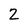
Character: 2